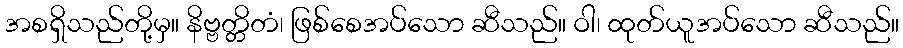
အစရှိသည်တို့မှ။ နိဗ္ဗတ္တိတံ၊ ဖြစ်စေအပ်သော ဆီသည်။ ဝါ၊ ထုတ်ယူအပ်သော ဆီသည်။